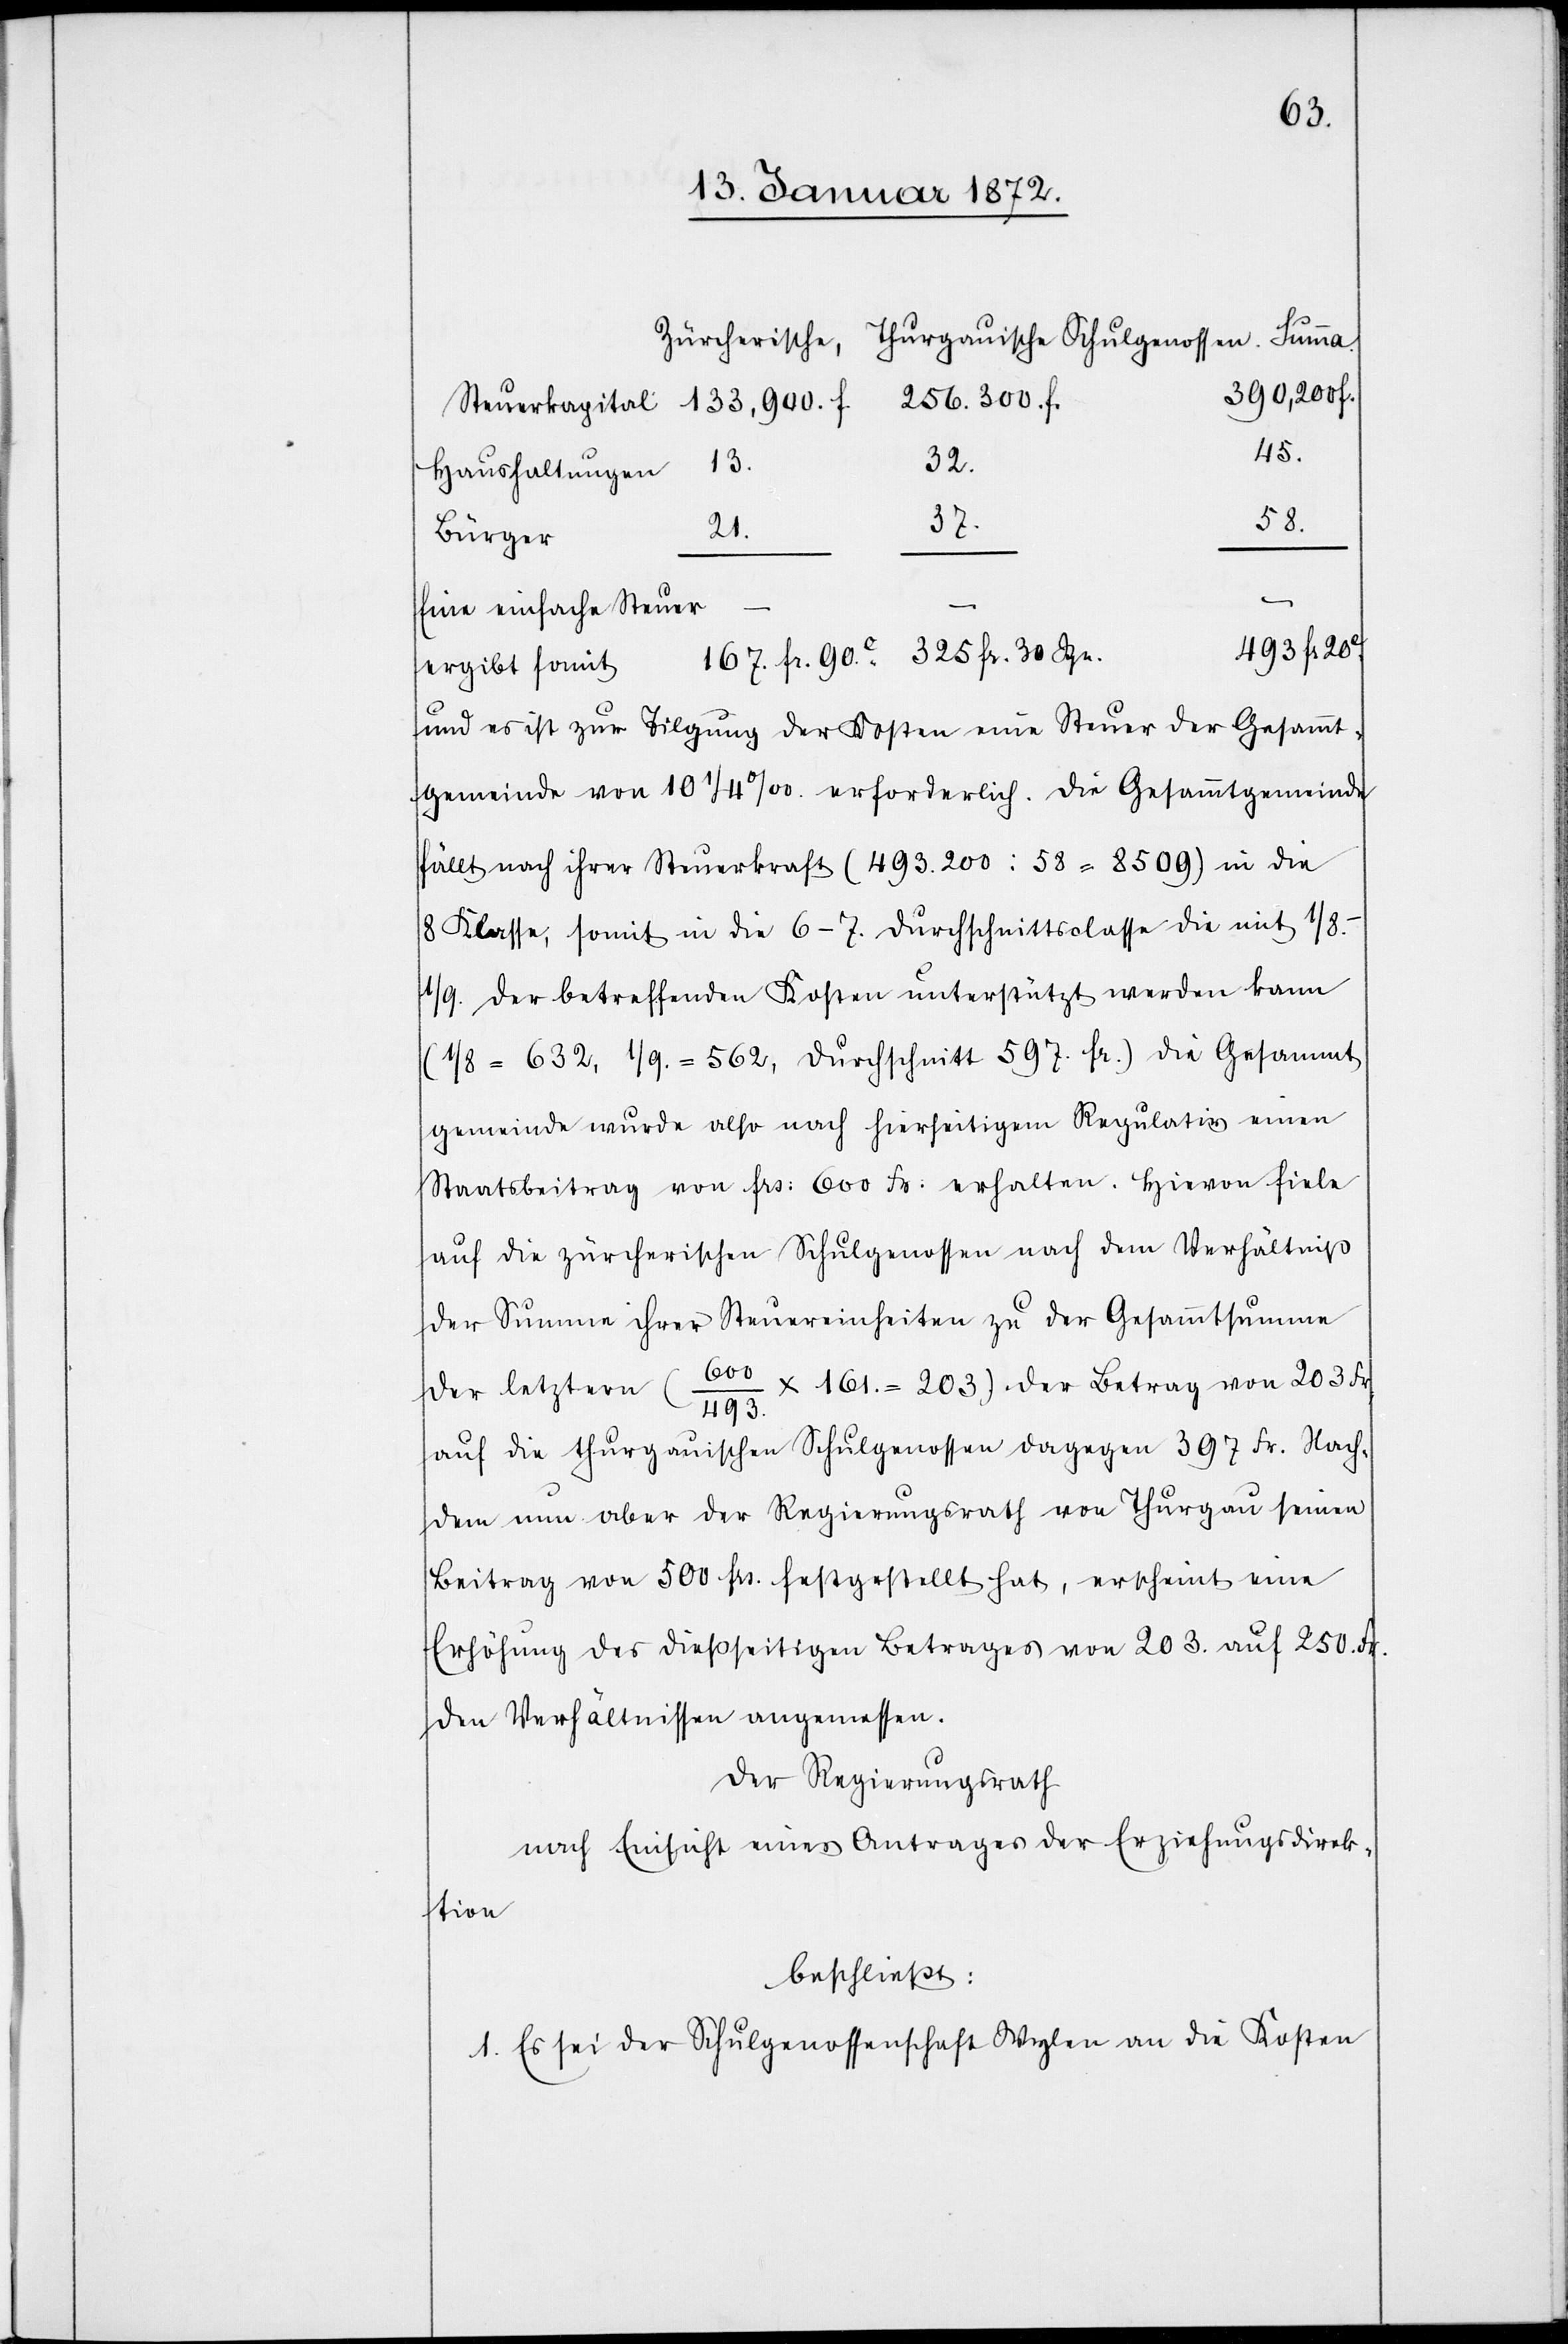
390,200 f.
256,300 f.
167.
325
Haushaltungen
58.
21.
Bürger
Eine einfache Steuer
493 fr. 20c
ergibt somit
und es ist zur Tilgung der Kosten eine Steuer der Gesammt¬
gemeinde von 10 1/4‰. erforderlich. Die Gesammtgemeinde
fällt nach ihrer Steuerkraft (493,200 : 58 = 8509) in die
8 Klasse, somit in die 6–7. Durchschnittsclasse die mit
1/8.–1/9. der betreffenden Kosten unterstützt werden kann
(1/ 8 = 632, 1/9. = 562, Durchschnitt 597. fr.) die Gesammt¬
gemeinde wurde also nach hierseitigem Regulativ einen
Staatsbeitrag von frs. 600 Fr: erhalten. Hievon fiele
auf die zürcherischen Schulgenossen nach dem Verhältniß
der Summe ihrer Steuereinheiten zu der Gesammtsmme
x 161. = 203) der Betrag von 203 Fr.
der letztern
auf die thurgauischen Schulgenossen dagegen 397 Fr. Nach¬
dem nun aber der Regierungsrath von Thurgau seinen
Beitrag von 500 frs. festgestellt hat, erscheint eine
Erhöhung des dießseitigen Betrages von 203. auf 250. Fr.
den Verhältnissen angemessen.
Der Regierungsrath
nach Einsicht eines Antrages der Erziehungsdirek¬
tion
beschließt:
1. Es sei der Schulgenossenschaft Wylen an die Kosten